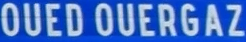
OUED OUERGAZ